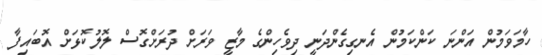
ހާމަވަމުން އަންނަ ކަންކަމުން އެނގިގެންދަނީ ދިވެހިންގެ މާޒީ ވަރަށް ދުރަށްގޮސް ލޮލުކޮޅަށް އޮބައިފާ